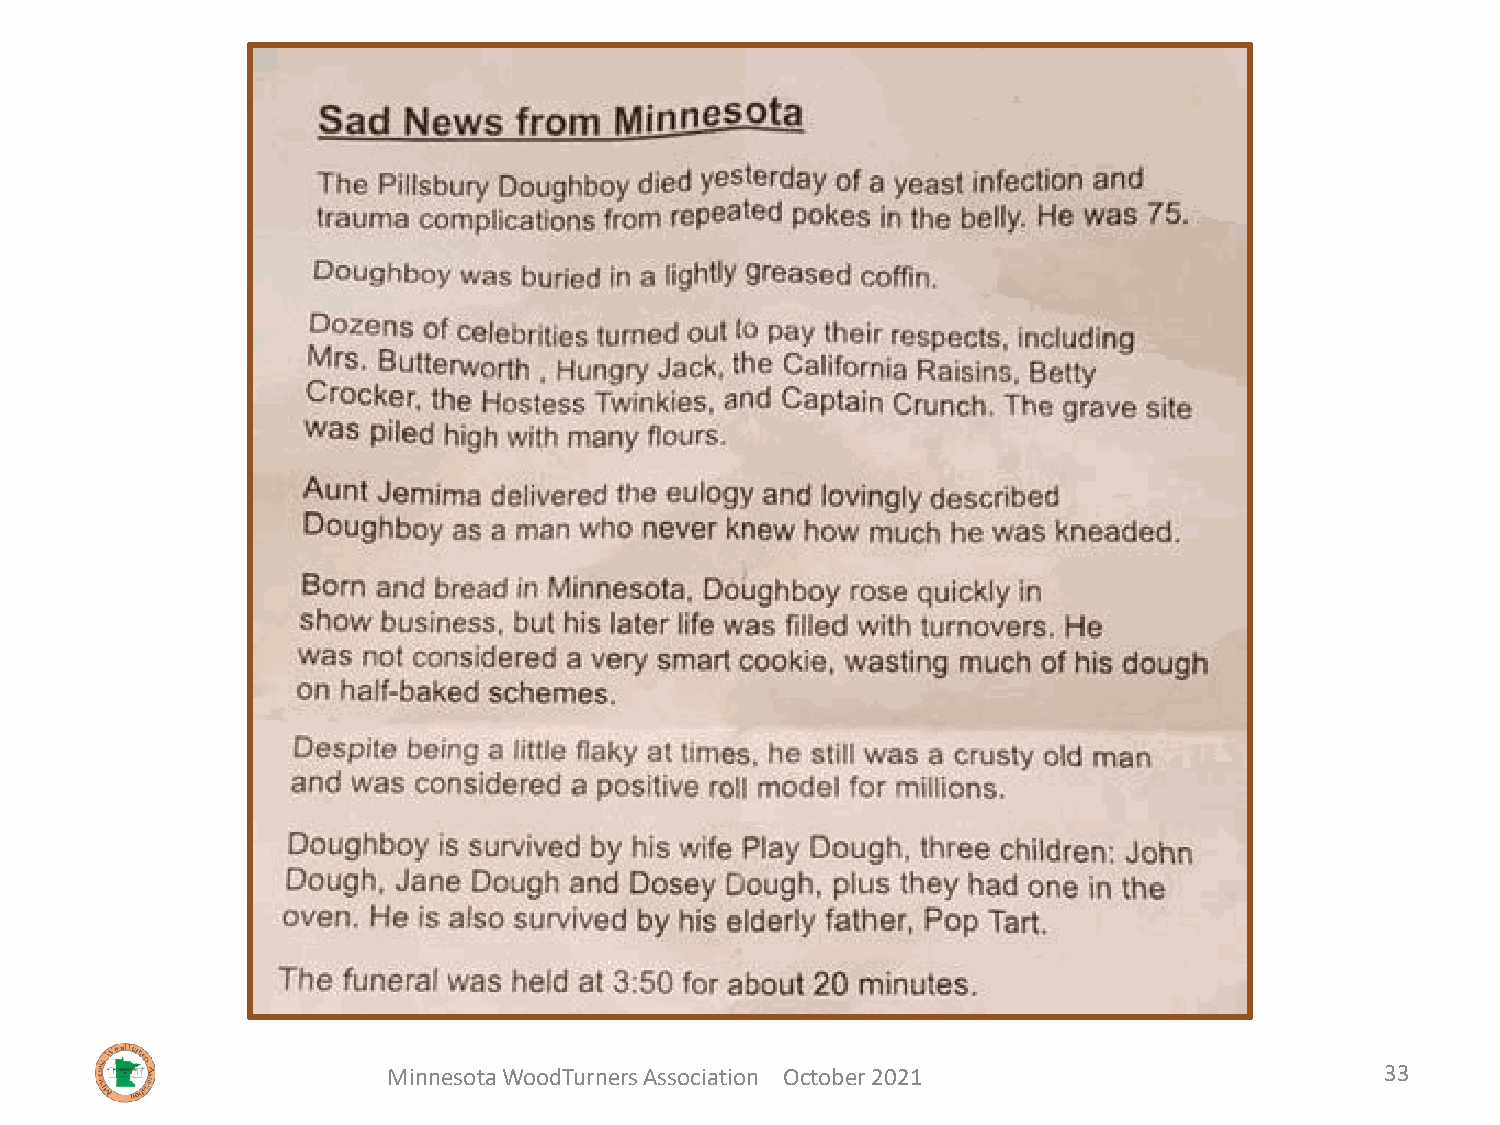
Minnesota WoodTurners Association October 2021                    33